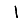
Digit: 1